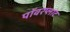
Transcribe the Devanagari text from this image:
पॉवरप्लांट